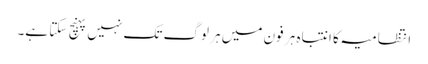
انتظامیہ کا انتباہ ہر فون میں ہر لوگ تک نہیں پہنچ سکتا ہے۔